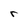
Character: r